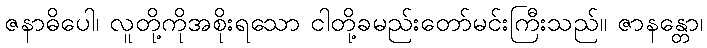
ဇနာဓိပေါ၊ လူတို့ကိုအစိုးရသော ငါတို့ခမည်းတော်မင်းကြီးသည်။ ဇာနန္တော၊